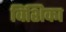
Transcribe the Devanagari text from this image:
विंशिका